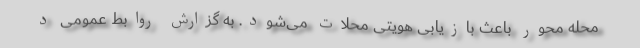
محله محور باعث بازیابی هویتی محلات می‌شود. به گزارش روابط عمومی د